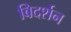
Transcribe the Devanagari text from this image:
बिदर्शन